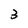
Character: 3